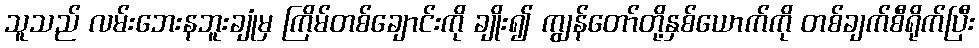
သူသည် လမ်းဘေးနဘူးချုံမှ ကြိမ်တစ်ချောင်းကို ချိုး၍ ကျွန်တော်တို့နှစ်ယောက်ကို တစ်ချက်စီရိုက်ပြီး